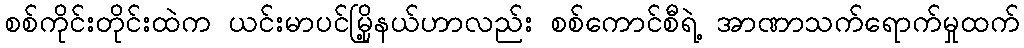
စစ်ကိုင်းတိုင်းထဲက ယင်းမာပင်မြို့နယ်ဟာလည်း စစ်ကောင်စီရဲ့ အာဏာသက်ရောက်မှုထက်